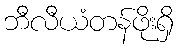
ဘီလီယံတန်ဖိုးရှိ